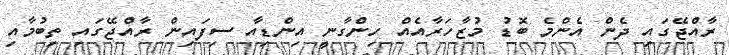
ރާއްޖޭގައި ދެން އެންމެ ބޮޑު މުޒާހަރާއެއް ހިންގާނީ އިންޑިއާ ސިފައިން ރާއްޖޭގައި ތިބުމާއި